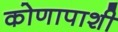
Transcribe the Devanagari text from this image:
कोणापाशी